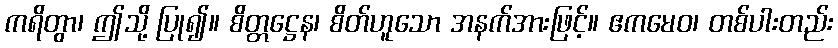
ကရိတွာ၊ ဤသို့ ပြု၍။ စိတ္တဋ္ဌေန၊ စိတ်ဟူသော အနက်အားဖြင့်။ ဧကမေဝ၊ တစ်ပါးတည်း